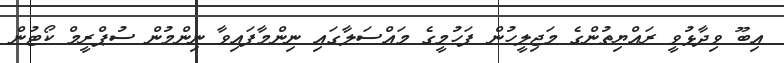
އިބޫ ވިދާޅުވީ ރައްޔިތުންގެ މަޖިލީހުން ފަހުމީގެ މައްސަލާގައި ނިންމާފައިވާ ނިންމުން ސުޕްރީމް ކޯޓުން